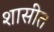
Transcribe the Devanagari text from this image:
शासीत